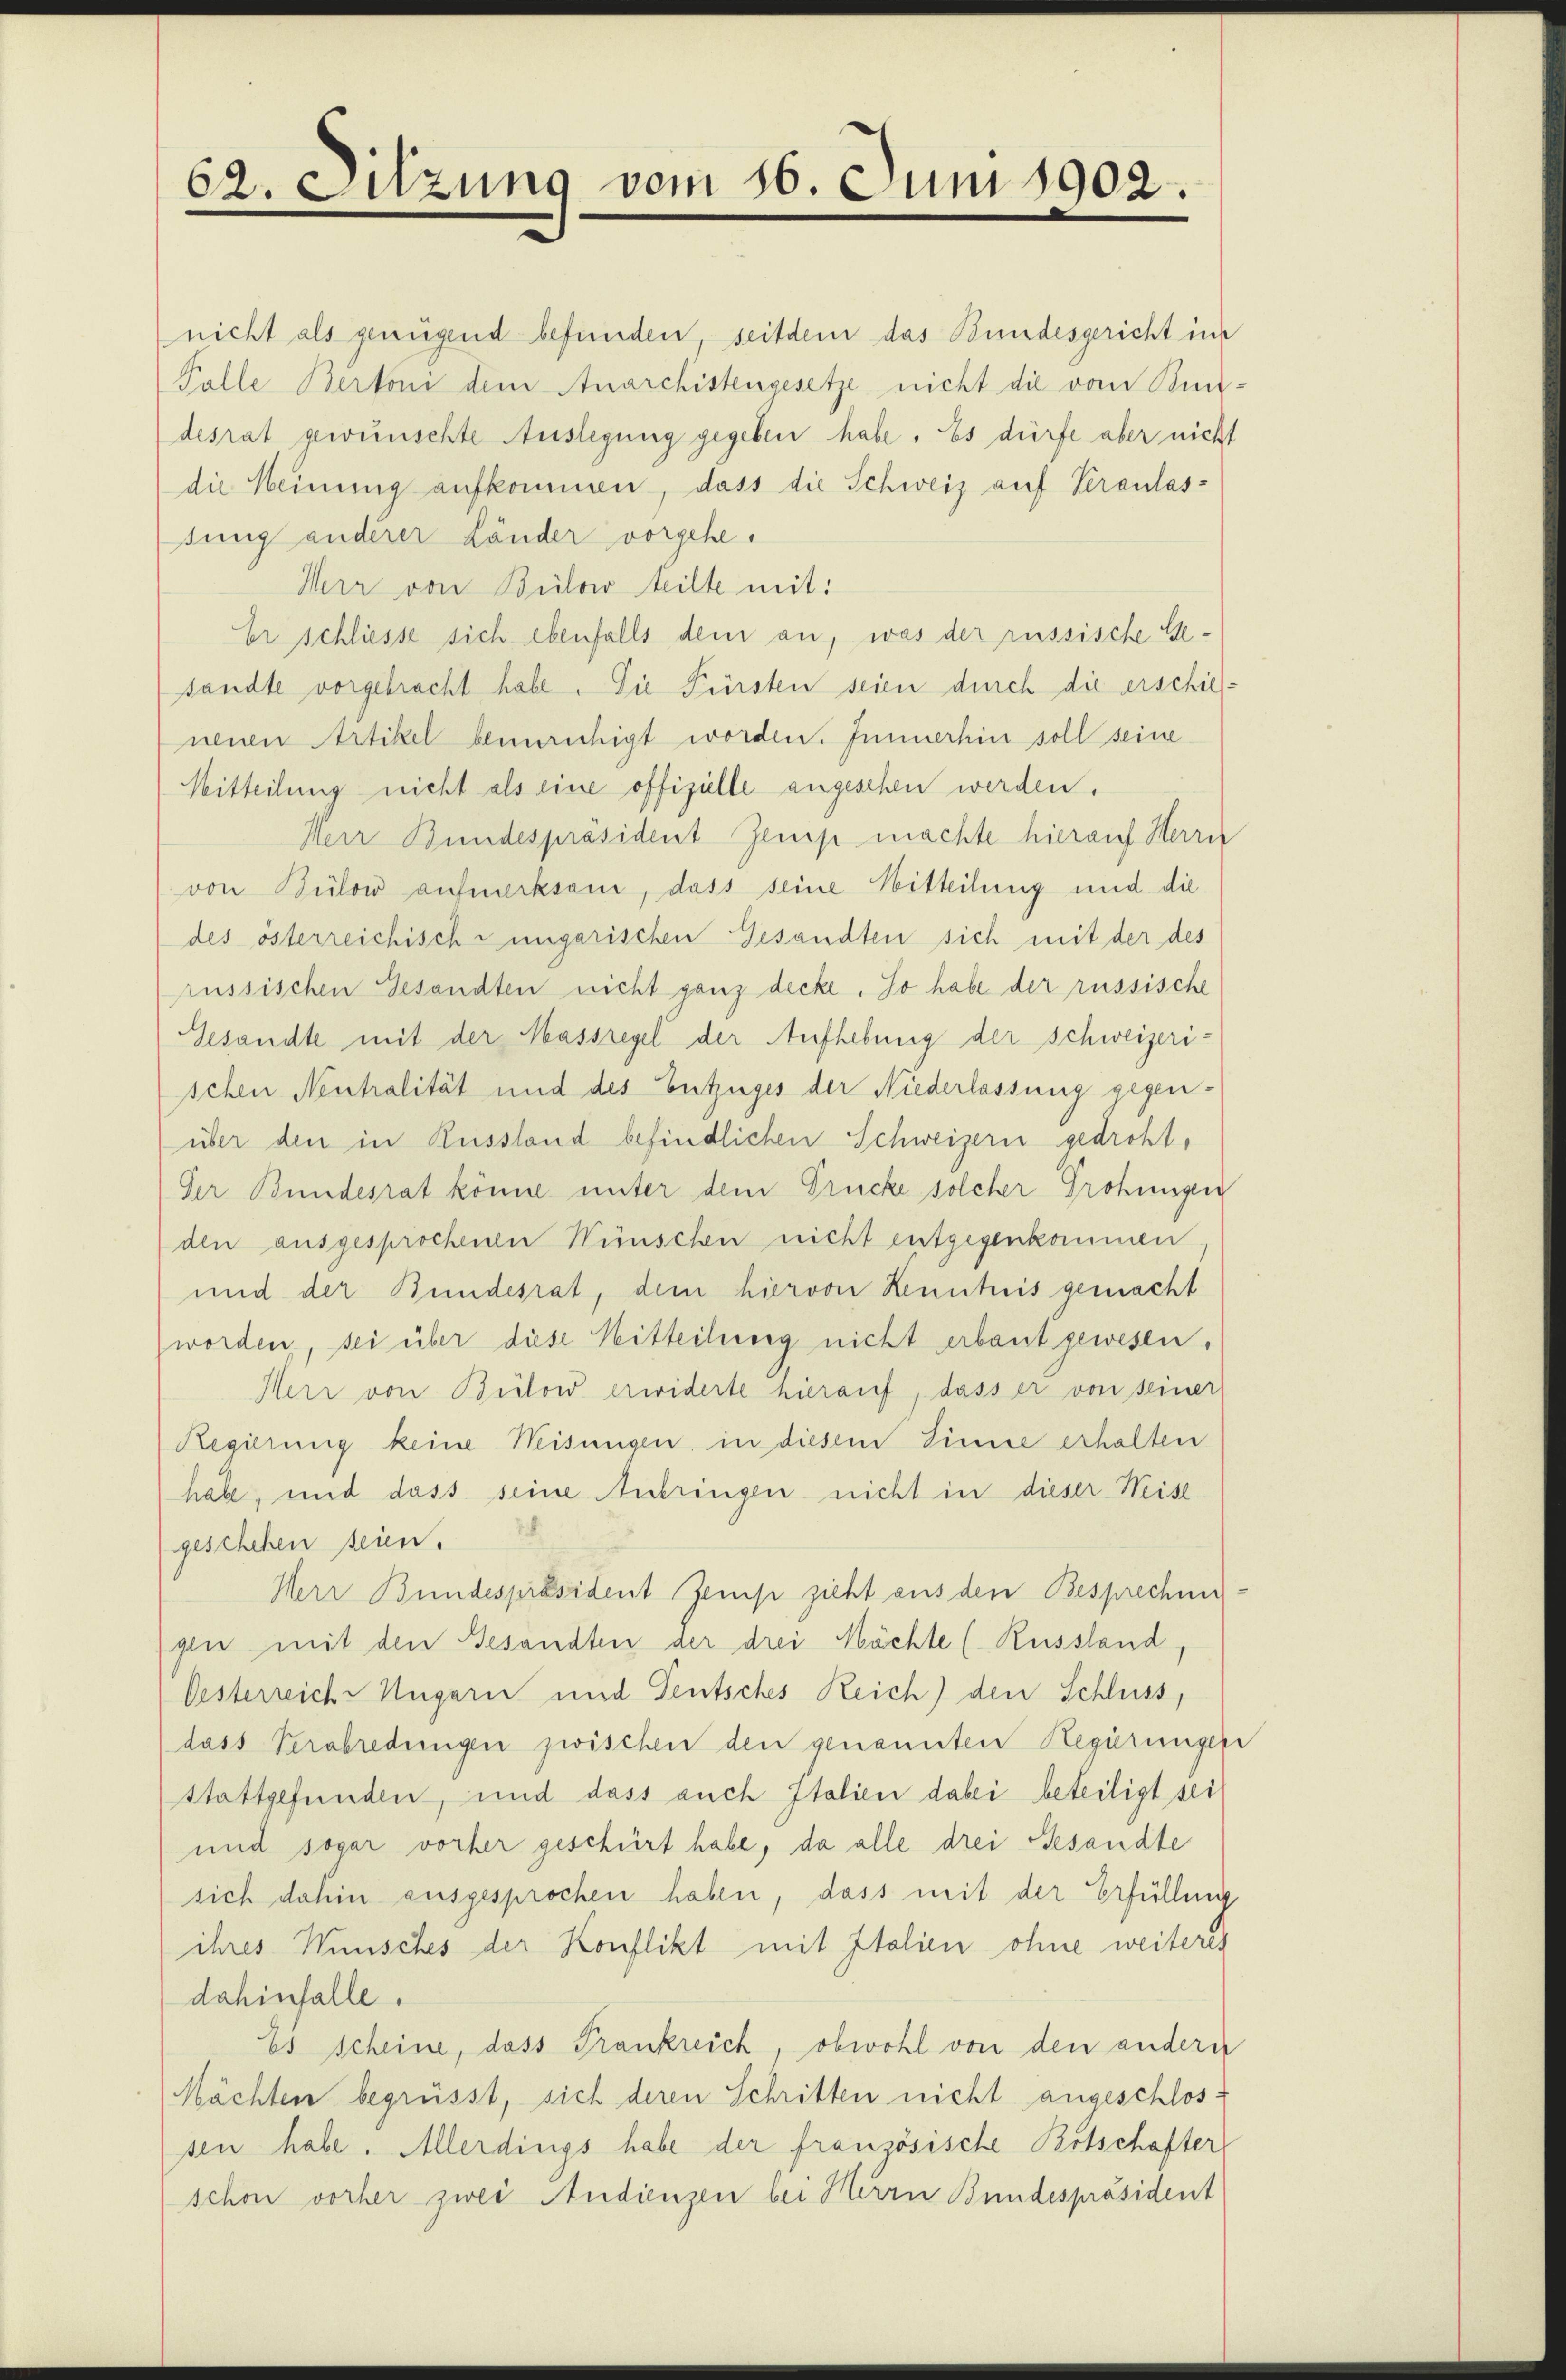
62. Sitzung vom 16. Juni 1902.

nicht als genügend befunden, seitdem das Bundesgericht ins
Falle Bertoni dem Anarchistengesetze nicht die vom Bundesrat gewünschte Auslegung gegeben habe. Es dürfe aber nicht
die Meinung aufkommen, dass die Schweiz auf Veranlas-
sung anderer Länder vorgehe.
Herr von Bülow teilte mit:
Er schliesse sich ebenfalls dem an, was der russische Gesandte vorgebracht habe. Die Fürsten seien durch die erschieneuen Artikel beunruhigt worden. Immerhin soll seine
Mitteilung nicht als eine offizielle angesehen werden.
Herr Bundespräsident Zemp machte hierauf Herrn
von Bülow aufmerksam, dass seine Mitteilung und die
des österreichisch-ungarischen Gesandten sich mit der des
russischen Gesandten nicht ganz decke. So habe der russische
Gesandte mit der Massregel der Aufhebung der Schweizeri-
schen Neutralität und des Entzuges der Niederlassung gegenüber den in Russland befindlichen Schweizern gedroht,
Der Bundesrat könne unter dem Drücke solcher Grohungen
den ausgesprochenen Wünschen nicht entgegenkommen
und der Bundesrat, dem hiervon Kenntnis gemacht
worden, sei über diese Mitteilung nicht erbaut gewesen.
Herr von Bülow erwiderte hierauf, dass er von seiner
Regierung keine Weisungen, in diesem Sinne erhalten
habe, und dass seine Anbringen nicht in dieser Weise
geschehen seien.
Herr Bundespräsident Zemp sieht aus den Besprechen:
gen mit den Besandten der drei Mächte (Russland,
Oesterreich-Ungarn und Teutsches Reich) den Schluss,
dass Verabredungen zwischen den genannten Regierungens
stattgefunden, und dass auch Italien dabei beteiligt sei
und sogar vorher geschürt habe, da alle drei Besandte
sich dahin ausgesprochen haben, dass mit der Erfüllung
ihres Wunsches der Konflikt mit Italien ohne weiteres
dahinfalle.
Es scheine, dass Frankreich, obwohl von den andern
Möchten begrüsst, sich deren Schritten nicht angeschloss
sen habe. Allerdings habe der französische Botschafter
schon vorher zwei Audienzen bei Herrn Bundespräsident